Annual report of the Punjab Veterinary College and of the Civil Veterinary Department, Punjab - 1920-1925
Year: 1920
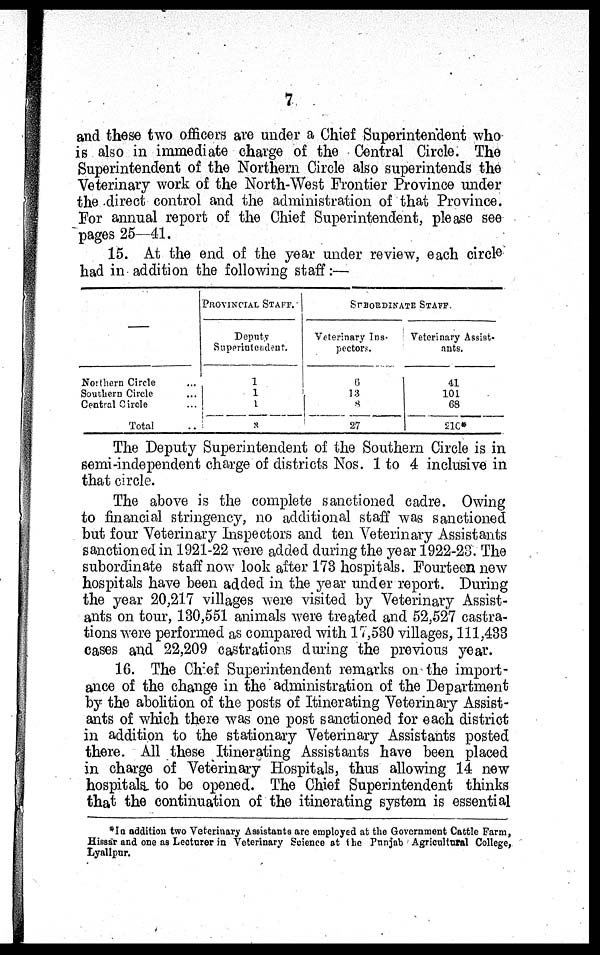
7
and these two officers are under a Chief Superintendent who
is also in immediate charge of the Central Circle. The
Superintendent of the Northern Circle also superintends the
Veterinary work of the North-West Frontier Province under
the direct control and the administration of that Province.
For annual report of the Chief Superintendent, please see
pages 25—41.
15. At the end of the year under review, each circle
had in addition the following staff:—
—
Northern Circle ...
Sout hern Circle ...
Central Circle ...
Total ..
PROVINCIAL STAFF.
Deput y
Supperi nt endent .
1 1
1
3
SUBORDI NATE STAFF.
Veterinary Ins-
pectors.
6
13
8
27
Veterinary Assist-
ants.
41
101
68
210*
The Deputy Superintendent of the Southern Circle is in
semi-independent charge of districts Nos. 1 to 4 inclusive in
that circle.
The above is the complete sanctioned cadre. Owing
to financial stringency, no additional staff was sanctioned
but four Veterinary Inspectors and ten Veterinary Assistants
sanctioned in 1921-22 were added during the year 1922-23. The
subordinate staff now look after 173 hospitals. Fourteen new
hospitals have been added in the year under report. During
the year 20,217 villages were visited by Veterinary Assist-
ants on tour, 130,551 animals were treated and 52,527 castra-
tions were performed as compared with 17,530 villages, 111,433
cases and 22,209 castrations during the previous year.
16. The Chief Superintendent remarks on the import-
ance of the change in the administration of the Department
by the abolition of the posts of Itinerating Veterinary Assist-
ants of which there was one post sanctioned for each district
in addition to the stationary Veterinary Assistants posted
there. All these Itinerating Assistants have been placed
in charge of Veterinary Hospitals, thus allowing 14 new
hospitals to be opened. The Chief Superintendent thinks
that the continuation of the itinerating system is essential
*In addition t wo Veterinary Assistants are empl oyed at the Government Cattle Farm,
Hissar and one as Lecturer in Veterinary Sci ence at the Punj ab Agricultural College,
Lyallpur.